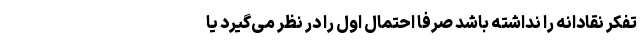
تفکر نقادانه را نداشته باشد صرفاً احتمال اول را در نظر می‌گیرد یا